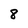
Character: 8